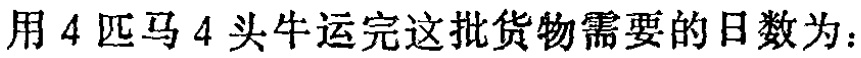
用 4 匹马 4 头牛运完这批货物需要的日数为：